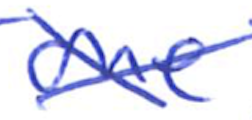
Text: one
Cross-out: cross
Writing tool: ballpoint